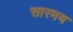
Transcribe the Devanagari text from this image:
सारमय